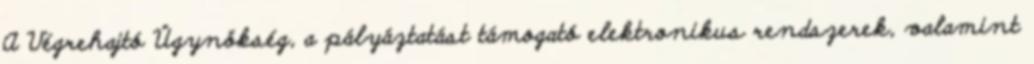
A Végrehajtó Ügynökség, a pályáztatást támogató elektronikus rendszerek, valamint